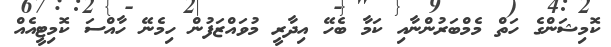
ކޮމިޝަންގެ ހަތް މެމްބަރުންނާއި ކަމާ ބެހޭ އިދާރީ މުވައްޒަފުން ހިމެނޭ ހާއްސަ ކޮމިޓީއެއް